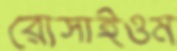
রোসাইওম